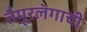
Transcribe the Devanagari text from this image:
तैमूरलंगाची